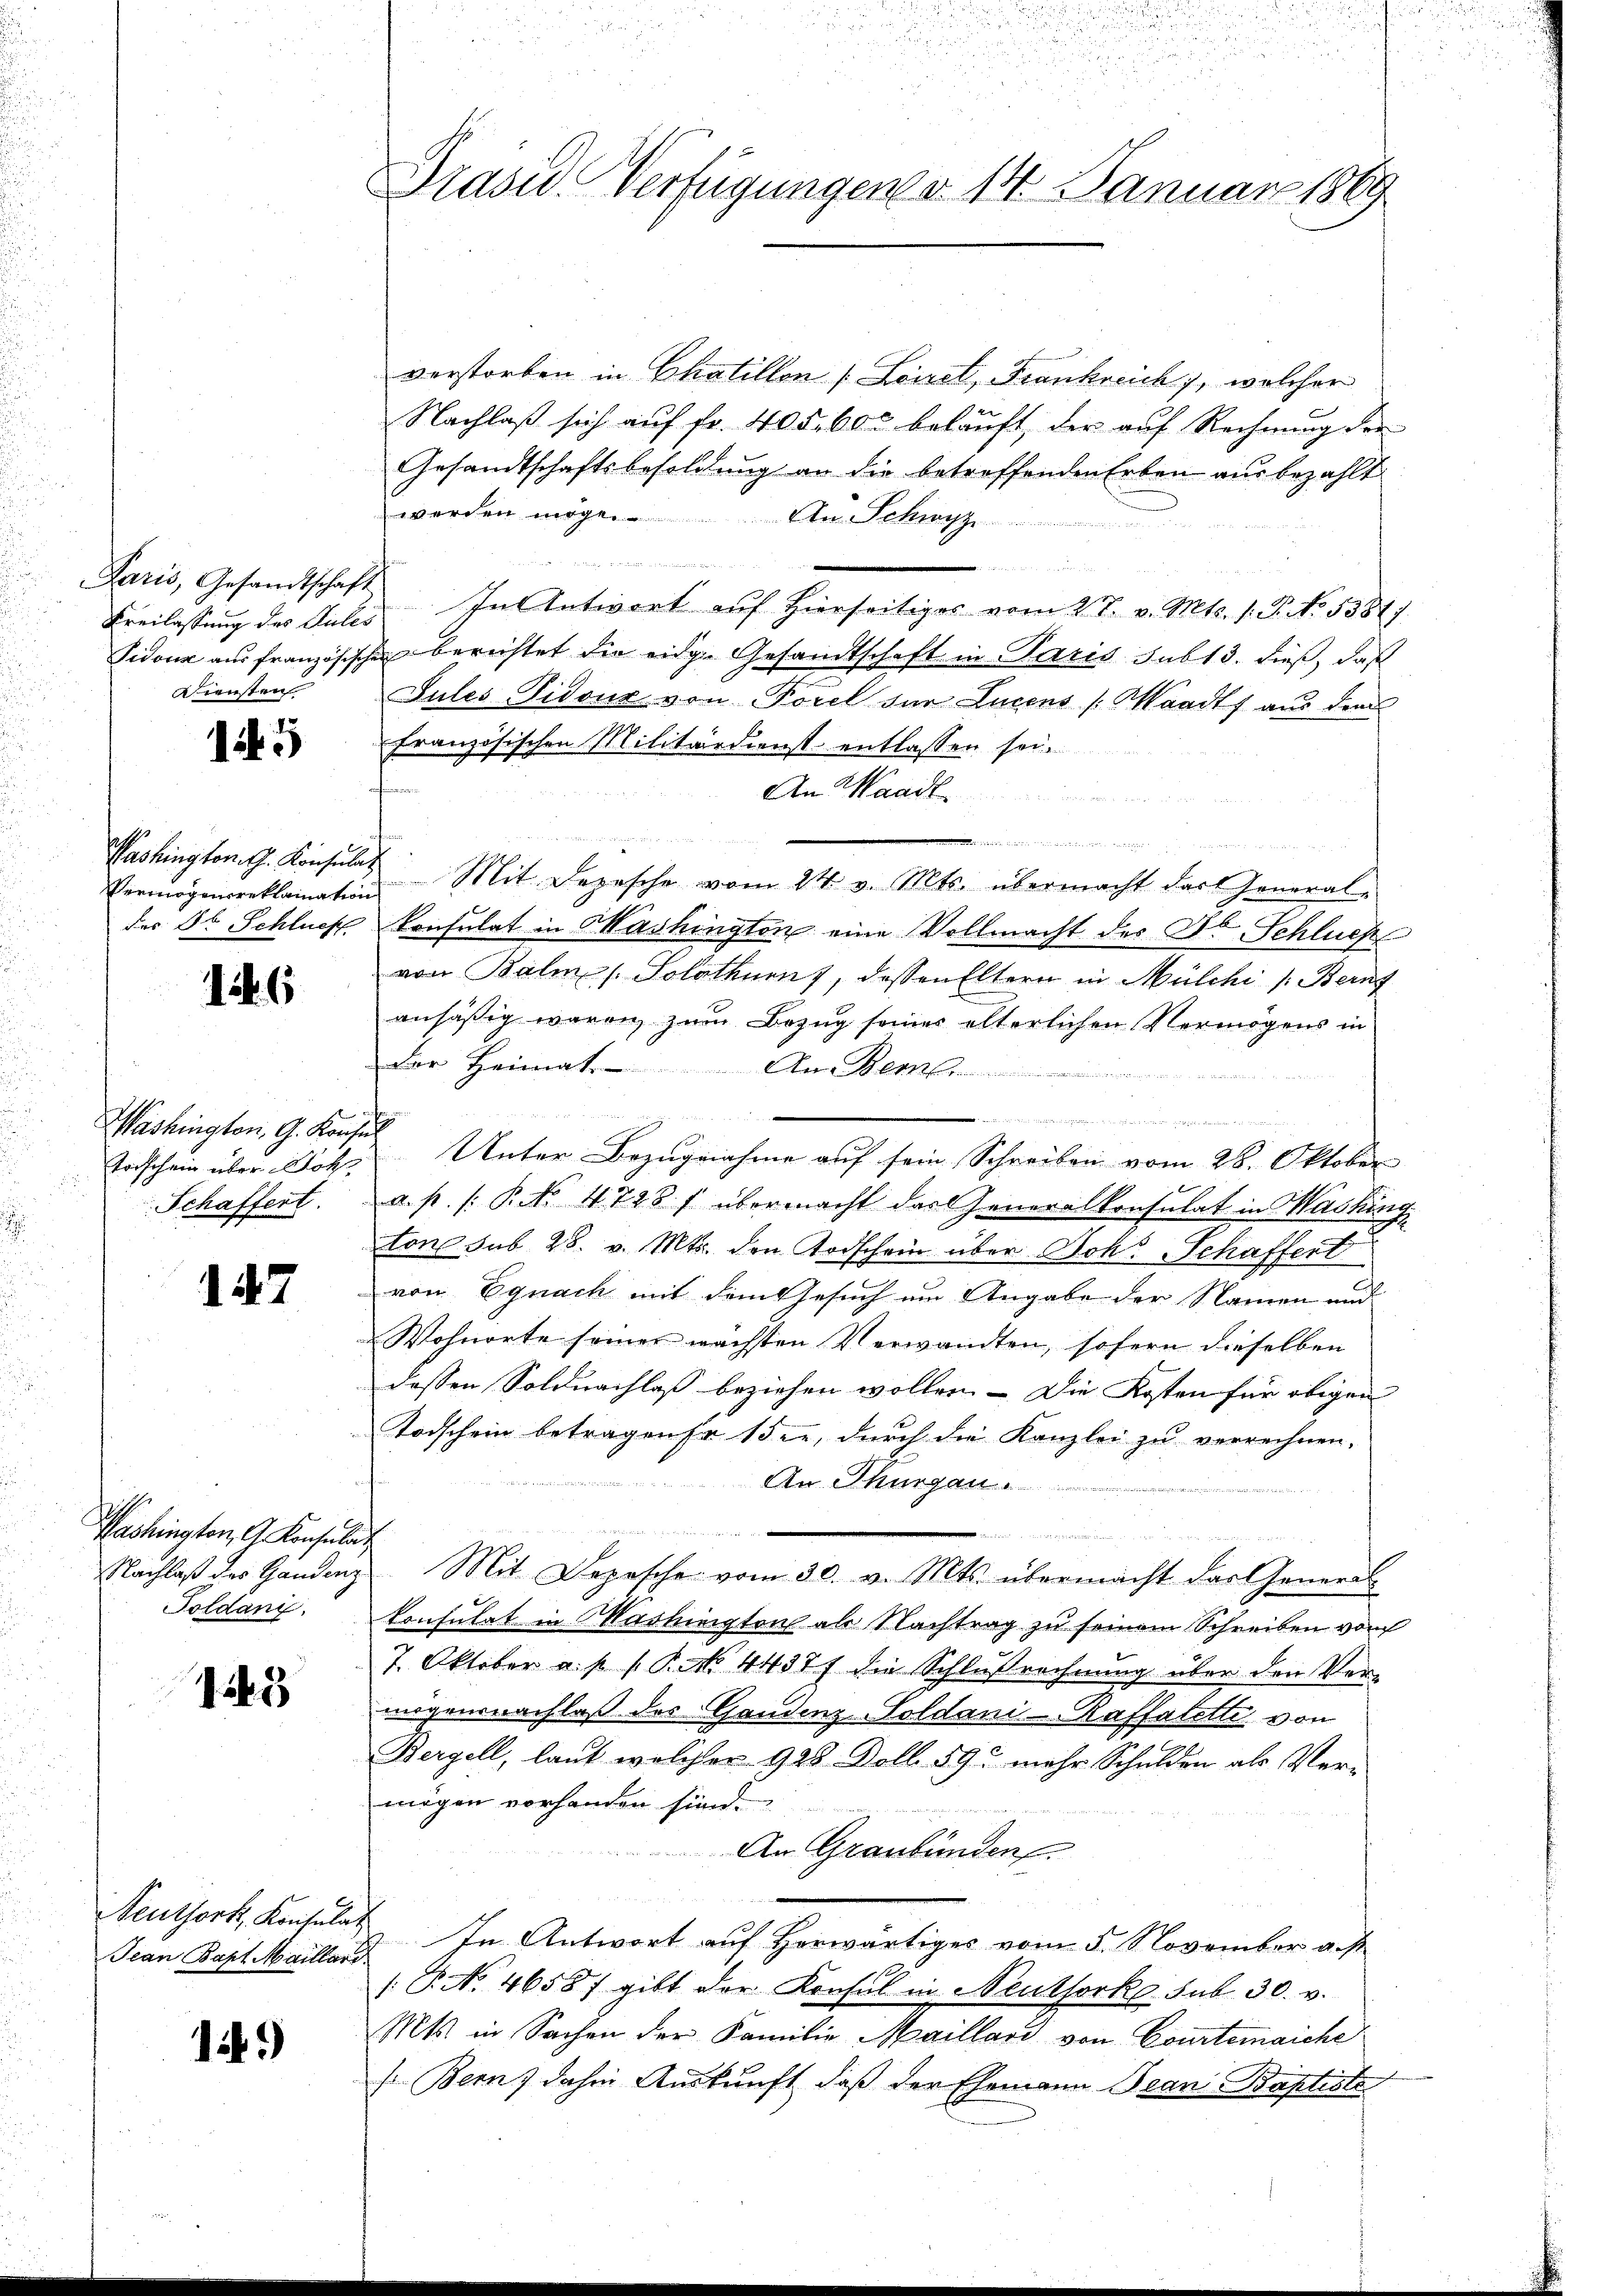
Paris, Gesandtschaft
Diensten

15

Vermögensreklamation
des Dr Schlues

146

Washington, G. Konsul
Toischein über Noth,
Schaffert.

147

Washington, G. Konsulat
Toldany.

15

Jean Bapt. Maillard

i.)

2
Präsid. Verfügungen v. 14. Januar 1869

u

verstorben in Chalillon [Loisel, Frankreich, welcher
Nachlaß sich auf fr. 405. 600 beläuft, der auf Rechnung der
Gesandtschaftsbesoldung an die betreffenden Erben aus bezahlt
werden möge. An Schwyz
g
n
Freilassŭng des Gutes. In Antwort aŭf hierseitiges vom 27. v. Mts. 1. P. No 1381)
Sidouz aus französischen berechtet die eidg. Gesandtschaft in Paris sub 13. dieß, daß
Jules Vidour von Forel für Lucens (Waadt aus dem
französischen Militärdienst entlassen sei.
An Waadt
                         derselben der eingen
Washingtont. Konsulat Mit Depesche vom 24. v. Mts. übermacht das Generalkonsulat in Washington eine Vollmacht des Jb. Schluess
von Balmes. Solothurn, dessen Eltern in Mülchi /: Bern
ansäßig waren zum Bezug seiner elterlichen Vermögens in
der Heimat.
An Beme

Unter Bezugnahme auf sein Schreiben vom 28. Oktober
a. p. (: P. Nr. 4728 f übermacht der Generalkonsulat in Washing
tone sub 28. v. Mts. den Todschein über Joh. Schaffert
von Egnach mit dem Gesuch am Angabe der Namen und
Wohnorte seiner nächsten Verwandten, sofern dieselben
dessen Soldnachlaß beziehen wollen. – Die Kosten für obigen
Todschein betragense 15 te, durch die Kanzlei zu verrechnen.
¬
An Thurgau.

Nachlaß des Handenz Mit Depesche vom 30. v. Mts. übermacht das General
konsulat in Washington als Nachtrag zu seinem Schreiben von
7. Oktober a. p. s. S. 44377 die Schlußrechnung über den Ver-
migennachlaß des Gandenz-Goldani-Raffalette von
Bergell, laut welcher 928 Doll. 59. mehr Schulden als Ver-
mögen vorhanden sind.
An Graubünden.
Neuthork, Kontulat In Antwort auf Herwärtiges vom 5. November gest
(P.No. 4658f gibt der Konsul in Neuthorko sub. 30. v.
Mts. in Sachen der Familie Maillard von Courtenaiche
(Bern) dahin Auskunft, daß der Ehemann Jean Baptiste